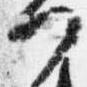
門